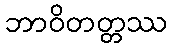
ဘာဝိတတ္တဿ